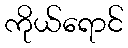
ကိုယ်ရောင်